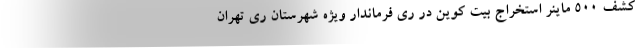
کشف 500 ماینر استخراج بیت کوین در ری فرماندار ویژه شهرستان ری تهران